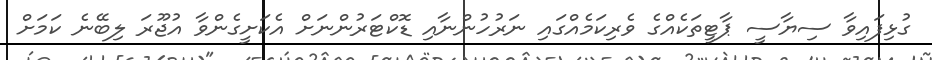
ގުޅިފައިވާ ސިޔާސީ ޕާޓީތަކެއްގެ ވެރިކަމެއްގައި ނަރުހުންނާއި ޑޮކްޓަރުންނަށް އެކަށީގެންވާ އުޖޫރަ ލިބޭނެ ކަމަށް